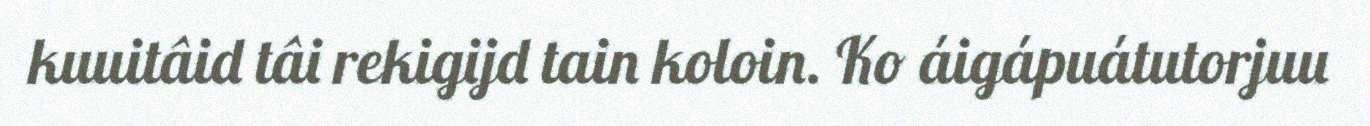
kuuitâid tâi rekigijd tain koloin. Ko áigápuátutorjuu